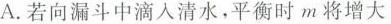
A.若向漏斗中滴入清水，平衡时m将增大